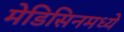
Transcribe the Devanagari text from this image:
मेडिसिनमध्ये